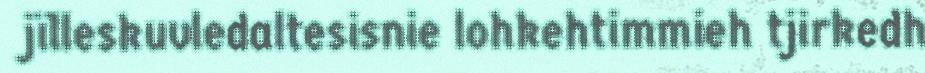
jïlleskuvledaltesisnie lohkehtimmieh tjirkedh